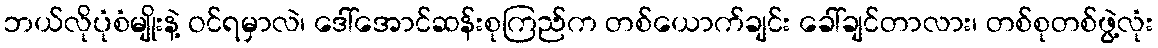
ဘယ်လိုပုံစံမျိုးနဲ့ ဝင်ရမှာလဲ၊ ဒေါ်အောင်ဆန်းစုကြည်က တစ်ယောက်ချင်း ခေါ်ချင်တာလား၊ တစ်စုတစ်ဖွဲ့လုံး